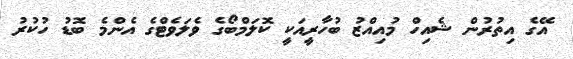
އޭގެ އިތުރުން ޝެއިހް މުއިއްޒު ބުހާރީއަކީ ކޮލަމްބޯގެ ވެލަވެޓްގެ އެންމެ ބޮޑު ހުކުރު